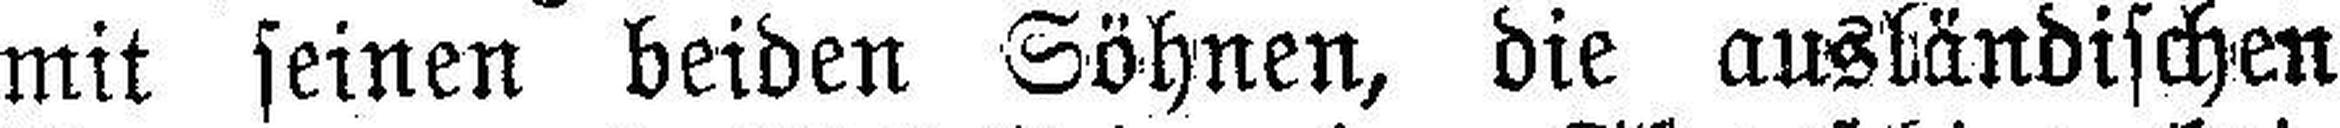
mit seinen beiden Söhnen, die ausländischen